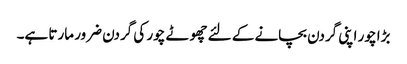
بڑا چور اپنی گردن بچانے کے لئے چھوٹے چور کی گردن ضرور مارتا ہے۔